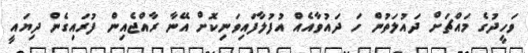
ވަހީދުގެ މައްޗަށް ދައުލަތުން ހަ ދައުވާއެއް އުފުލާފައިވަނިކޮށް އޭނާ ރާއްޖެއިން ފުރައިގެން ދިޔައީ